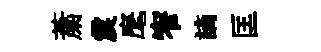
䔥震麾窄謫匡